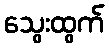
သွေးထွက်